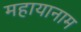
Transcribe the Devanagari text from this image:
महायानाम